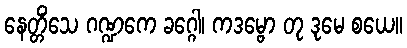
နေတ္တိံသေ ဂဏ္ဍကေ ခဂ္ဂေါ၊ ကဒမ္ဗော တု ဒုမေ စယေ။